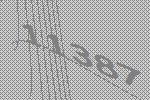
11387